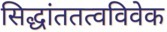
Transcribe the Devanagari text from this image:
सिद्धांततत्वविवेक